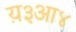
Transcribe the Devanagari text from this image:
य़३आ४